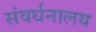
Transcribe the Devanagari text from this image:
संवर्धनालय